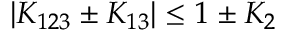
| K _ { 1 2 3 } \pm K _ { 1 3 } | \le 1 \pm K _ { 2 }